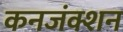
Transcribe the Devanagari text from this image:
कनजंक्शन